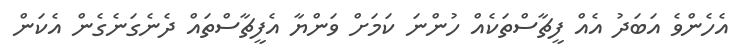
އެހެންވެ އަބަދު އެއް ފީޗާސްތަކެއް ހުންނަ ކަމަށް ވަންޔާ އެފީޗާސްތައް ދެނެގަނެގެން އެކަން